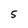
Character: 5